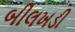
બીલખડી